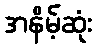
အနိမ့်ဆုံး